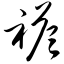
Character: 褡